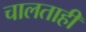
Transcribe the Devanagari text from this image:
चालताही